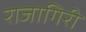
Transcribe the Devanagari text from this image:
राजागिरी